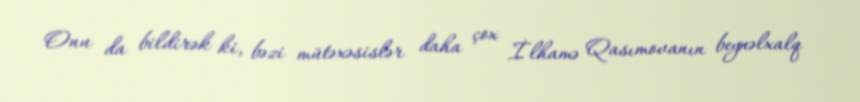
Onu da bildirək ki, bəzi mütəxəsislər daha çox İlhamə Qasımovanın beynəlxalq